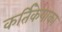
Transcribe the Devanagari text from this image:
कर्तिकेयाका